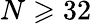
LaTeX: N\geqslant 32